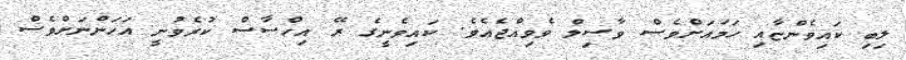
ލިބި ކައިވެންޏާއި ހަމައަށްވެސް ވާސިލް ވެވިއްޖެއެވެ. ކައިވެނީގެ ރޭ އިހްސާސް ކުރެވުނީ އަހަންނަށްވެސް